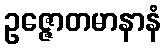
ဥဇ္ဇောတမာနာနံ